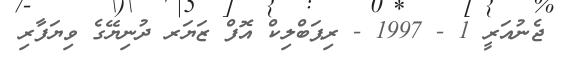
ޖެނުއަރީ 1 - 1997 - ރިޕަބްލިކް އޮފް ޒަޔަރ ދުނިޔޭގެ ވިޔަފާރި